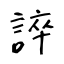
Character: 誶